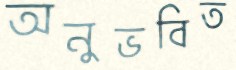
অনুভবিত